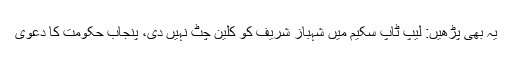
یہ بھی پڑھیں: لیپ ٹاپ سکیم میں شہباز شریف کو کلین چٹ نہیں دی، پنجاب حکومت کا دعوی